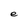
Character: e